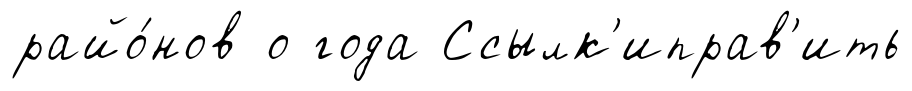
райо́нов о года Ссылк'иправ'ить